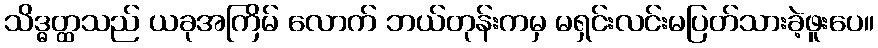
သိဒ္ဓတ္ထသည် ယခုအကြိမ် လောက် ဘယ်တုန်းကမှ မရှင်းလင်းမပြတ်သားခဲ့ဖူးပေ။